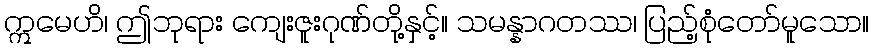
ဣမေဟိ၊ ဤဘုရား ကျေးဇူးဂုဏ်တို့နှင့်။ သမန္နာဂတဿ၊ ပြည့်စုံတော်မူသော။